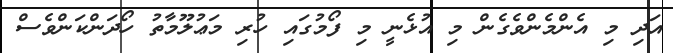
އަދި މި އެންމެންވެގެން މި އުޅެނީ މި ފޯމުގައި ހުރި މަޢުލޫމާތު ހޯދަންކަންވެސް